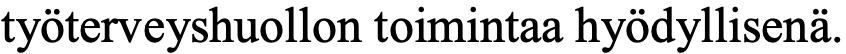
työterveyshuollon toimintaa hyödyllisenä.